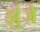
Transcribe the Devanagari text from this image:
झुंजे